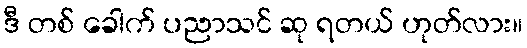
ဒီ တစ် ခေါက် ပညာသင် ဆု ရတယ် ဟုတ်လား။